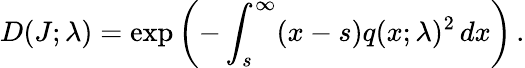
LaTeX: D(J;\lambda)=\exp\left(-\int_{s}^{\infty}(x-s)q(x;\lambda)^{2}\, dx\right)\, .